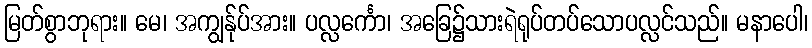
မြတ်စွာဘုရား။ မေ၊ အကျွန်ုပ်အား။ ပလ္လင်္ကော၊ အခြေ၌သားရဲရုပ်တပ်သောပလ္လင်သည်။ မနာပေါ၊